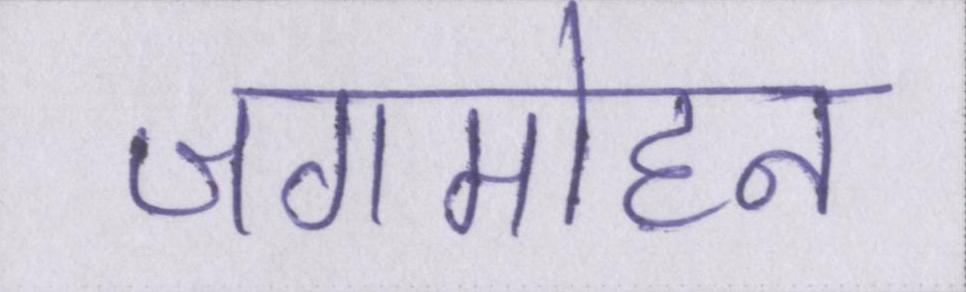
जगमोहन